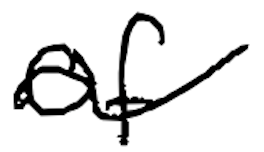
Text: of
Cross-out: wave
Writing tool: digital_black